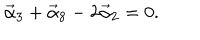
\vec { \alpha } _ { 3 } + \vec { \alpha } _ { 8 } - 2 \vec { \alpha } _ { 2 } = 0 .